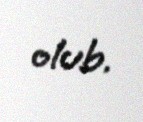
olub.